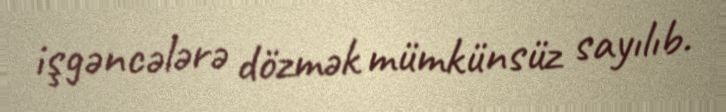
işgəncələrə dözmək mümkünsüz sayılıb.